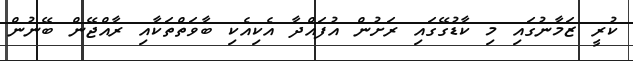
ކުރީ ޒަމާނުގައި މި ކާޑުގޭގައި ރަށުން އުފައްދާ އެކިއެކި ބާވަތްތަކާއި ރާއްޖޭން ބޭނުން